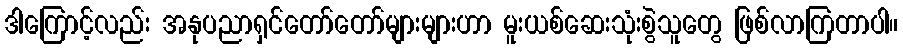
ဒါကြောင့်လည်း အနုပညာရှင်တော်တော်များများဟာ မူးယစ်ဆေးသုံးစွဲသူတွေ ဖြစ်လာကြတာပါ။